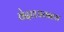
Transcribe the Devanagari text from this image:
वेदाध्ययनास